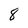
Character: 8